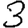
Digit: 3